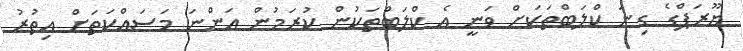
ޔޫރަޕްގެ ގިނަ ކްލަބްތަކަށް ވަނީ އެ ކްލަބްތަކުން ކުރަމުން އަންނަ މަސައްކަތަށް އިތުރު